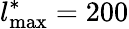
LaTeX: l_{\mathrm{max}}^{\ast}=200